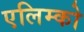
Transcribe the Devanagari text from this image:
एलिम्को